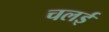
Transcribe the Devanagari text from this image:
चलई